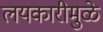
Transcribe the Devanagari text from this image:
लयकारीमुळे